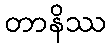
တာနိဿ